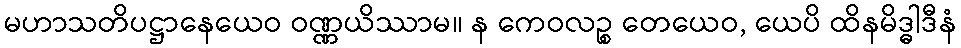
မဟာသတိပဋ္ဌာနေယေဝ ဝဏ္ဏယိဿာမ။ န ကေဝလဉ္စ တေယေဝ, ယေပိ ထိနမိဒ္ဓါဒီနံ